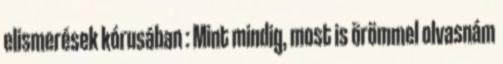
elismerések kórusában : Mint mindig, most is örömmel olvasnám